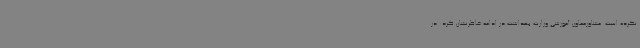
نکرده است. مشاورمعاون آموزشی وزارت بهداشت در ادامه خاطرنشان کرد: در